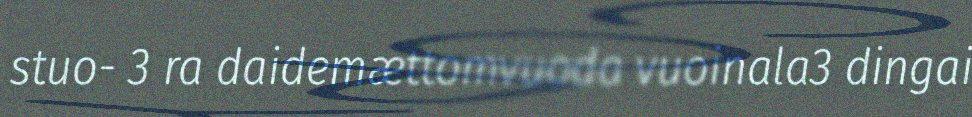
stuo- 3 ra daidemættomvuoda vuoinala3 dingai